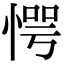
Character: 愕